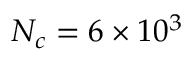
N _ { c } = 6 \times 1 0 ^ { 3 }